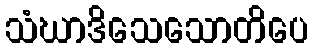
သံဃာဒိသေသောတိပေ